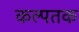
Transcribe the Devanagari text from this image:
कल्पतक